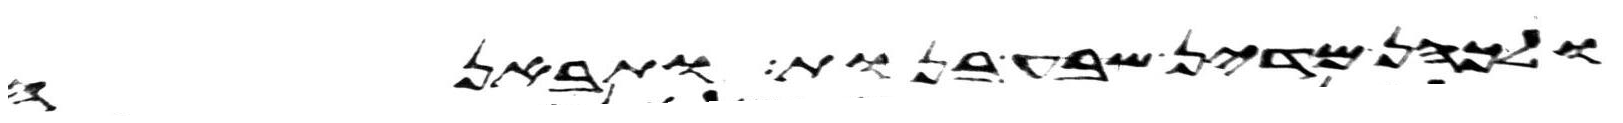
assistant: ולכהן מדין שבע בנות ותבאנה